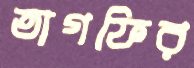
তাগফির